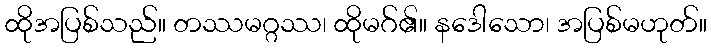
ထိုအပြစ်သည်။ တဿမဂ္ဂဿ၊ ထိုမဂ်၏။ နဒေါသော၊ အပြစ်မဟုတ်။